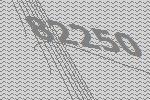
82250